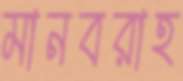
মানবরাহ